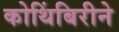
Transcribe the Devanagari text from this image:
कोथिंबिरीने